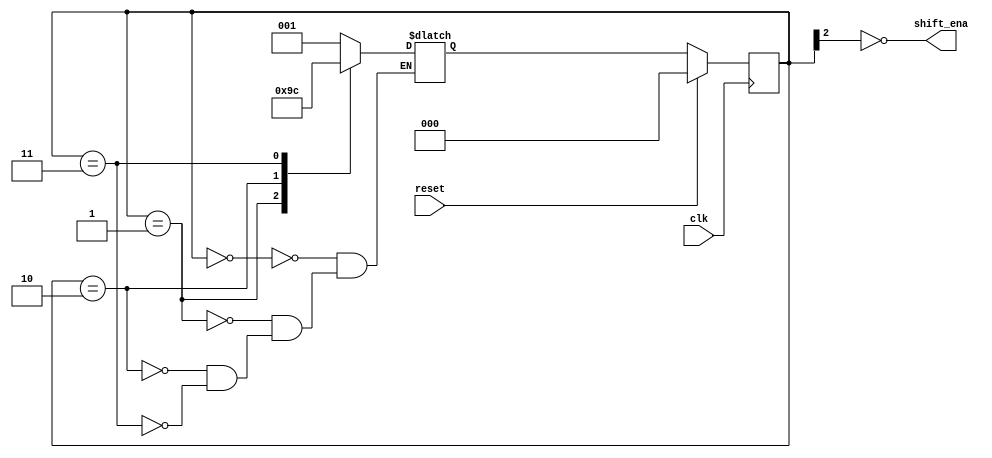
module top_module (
    input clk,
    input reset,      // Synchronous reset
    output shift_ena);
    
    parameter S1=0,S2=1,S3=2,S4=3,End=4;
    reg [2:0] ps, ns;
    
    always @(posedge clk) begin
        if(reset)
            ps <= S1;
        else
            ps <= ns;
    end
    
    always @(*) begin
        case(ps)
            S1: ns = S2;
            S2: ns = S3;
            S3: ns = S4;
            S4: ns = End;
        endcase
    end
    
    assign shift_ena = ~ps[2];

endmodule